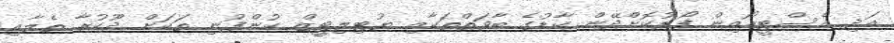
އަދި އެސްޓީއޯއިން ފޯރުކޮށްދޭން ކާޑުގެ ބާވަތްތަކާއި ޔުޓިލިޓީޒް ކުންފުނި ތަކަށް ދޫކުރާ ތެލާއި